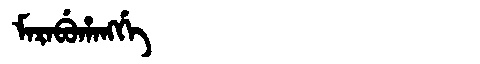
Manchu: ᠮᠠᡵᠠᠪᡠᡥᠠᠩᡤᡝ
Romanization: MARABUHANGGE